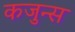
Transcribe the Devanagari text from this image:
कजुन्स